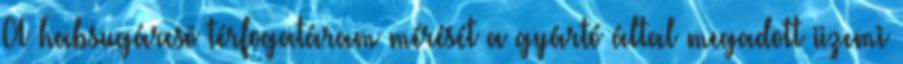
A habsugárcsõ térfogatáram mérését a gyártó által megadott üzemi